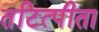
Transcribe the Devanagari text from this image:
तटित्पीता